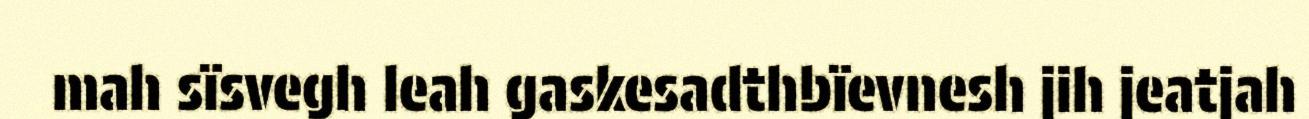
mah sïsvegh leah gaskesadthbïevnesh jih jeatjah